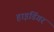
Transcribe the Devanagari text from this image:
हाइडिंगर